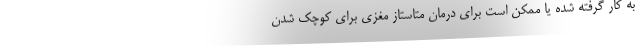
به کار گرفته شده یا ممکن است برای درمان متاستاز مغزی برای کوچک شدن